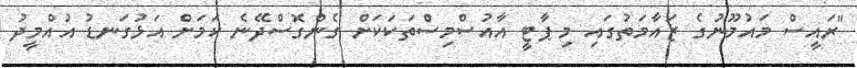
"ރައީސް މައުމޫނުގެ ޒައާމަތުގައި މި ޕާޓީ އާއުސްމިސްތަކަކަށް ގެންގޮސްދޭނެ ކަމަށް އަޅުގަނޑު އުއްމީދު